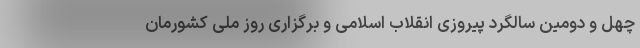
چهل و دومین سالگرد پیروزی انقلاب اسلامی و برگزاری روز ملی کشورمان